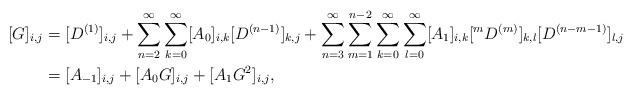
LaTeX: \begin{align*}[G]_{i,j} &= [ D^{(1)}]_{i,j} + \sum_{n=2}^\infty \sum_{k=0}^\infty [ A_0]_{i,k} [D^{(n-1)}]_{k,j} + \sum_{n=3}^\infty \sum_{m=1}^{n-2} \sum_{k=0}^\infty \sum_{l=0}^\infty [ A_1]_{i,k} [^{m} D^{(m)}]_{k,l} [D^{(n-m-1)}]_{l,j} \cr&= [ A_{-1}]_{i,j} + [ A_0 G]_{i,j} + [ A_1 G^2]_{i,j}, \end{align*}